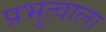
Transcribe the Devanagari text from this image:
प्रभुत्वाला